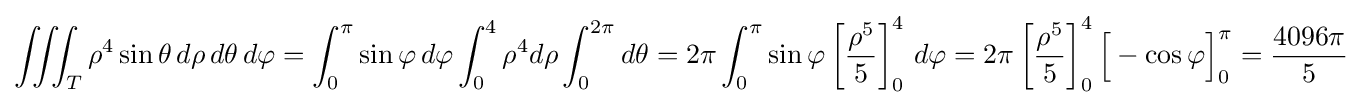
\iiint _{T}\rho ^{4}\sin \theta \,d\rho \,d\theta \,d\varphi =\int _{0}^{\pi }\sin \varphi \,d\varphi \int _{0}^{4}\rho ^{4}d\rho \int _{0}^{2\pi }d\theta =2\pi \int _{0}^{\pi }\sin \varphi \left[{\frac {\rho ^{5}}{5}}\right]_{0}^{4}\,d\varphi =2\pi \left[{\frac {\rho ^{5}}{5}}\right]_{0}^{4}{\Big [}-\cos \varphi {\Big ]}_{0}^{\pi }={\frac {4096\pi }{5}}